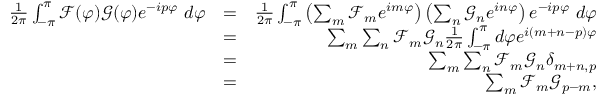
\begin{array} { r l r } { \frac { 1 } { 2 \pi } \int _ { - \pi } ^ { \pi } \mathcal { F } ( \varphi ) \mathcal { G } ( \varphi ) e ^ { - i p \varphi } \ d \varphi } & { = } & { \frac { 1 } { 2 \pi } \int _ { - \pi } ^ { \pi } \left( \sum _ { m } \mathcal { F } _ { m } e ^ { i m \varphi } \right) \left( \sum _ { n } \mathcal { G } _ { n } e ^ { i n \varphi } \right) e ^ { - i p \varphi } \ d \varphi } \\ & { = } & { \sum _ { m } \sum _ { n } \mathcal { F } _ { m } \mathcal { G } _ { n } \frac { 1 } { 2 \pi } \int _ { - \pi } ^ { \pi } d \varphi e ^ { i ( m + n - p ) \varphi } } \\ & { = } & { \sum _ { m } \sum _ { n } \mathcal { F } _ { m } \mathcal { G } _ { n } \delta _ { m + n , p } } \\ & { = } & { \sum _ { m } \mathcal { F } _ { m } \mathcal { G } _ { p - m } , } \end{array}